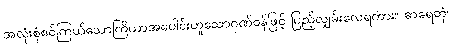
အလုံးစုံစင်ကြယ်သောကြိယာအပေါင်းဟူသောဂုဏ်ဝန်ဖြင့် ပြည့်လျှမ်းလေရကား။ ဓာရေတုံ၊